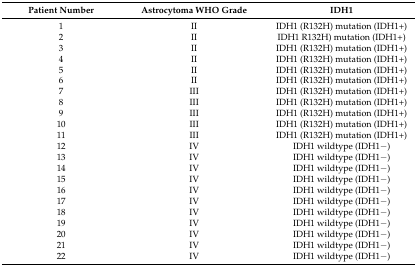
<table><thead><tr><td><b>Patient Number</b></td><td><b>Astrocytoma WHO Grade</b></td><td><b>IDH1</b></td></tr></thead><tbody><tr><td>1</td><td>II</td><td>IDH1 (R132H) mutation (IDH1+)</td></tr><tr><td>2</td><td>II</td><td>IDH1 R132H) mutation (IDH1+)</td></tr><tr><td>3</td><td>II</td><td>IDH1 (R132H) mutation (IDH1+)</td></tr><tr><td>4</td><td>II</td><td>IDH1 (R132H) mutation (IDH1+)</td></tr><tr><td>5</td><td>II</td><td>IDH1 (R132H) mutation (IDH1+)</td></tr><tr><td>6</td><td>II</td><td>IDH1 (R132H) mutation (IDH1+)</td></tr><tr><td>7</td><td>III</td><td>IDH1 (R132H) mutation (IDH1+)</td></tr><tr><td>8</td><td>III</td><td>IDH1 (R132H) mutation (IDH1+)</td></tr><tr><td>9</td><td>III</td><td>IDH1 (R132H) mutation (IDH1+)</td></tr><tr><td>10</td><td>III</td><td>IDH1 (R132H) mutation (IDH1+)</td></tr><tr><td>11</td><td>III</td><td>IDH1 (R132H) mutation (IDH1+)</td></tr><tr><td>12</td><td>IV</td><td>IDH1 wildtype (IDH1−)</td></tr><tr><td>13</td><td>IV</td><td>IDH1 wildtype (IDH1−)</td></tr><tr><td>14</td><td>IV</td><td>IDH1 wildtype (IDH1−)</td></tr><tr><td>15</td><td>IV</td><td>IDH1 wildtype (IDH1−)</td></tr><tr><td>16</td><td>IV</td><td>IDH1 wildtype (IDH1−)</td></tr><tr><td>17</td><td>IV</td><td>IDH1 wildtype (IDH1−)</td></tr><tr><td>18</td><td>IV</td><td>IDH1 wildtype (IDH1−)</td></tr><tr><td>19</td><td>IV</td><td>IDH1 wildtype (IDH1−)</td></tr><tr><td>20</td><td>IV</td><td>IDH1 wildtype (IDH1−)</td></tr><tr><td>21</td><td>IV</td><td>IDH1 wildtype (IDH1−)</td></tr><tr><td>22</td><td>IV</td><td>IDH1 wildtype (IDH1−)</td></tr></tbody></table>